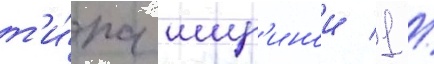
т'и́па шир'инои 1 /